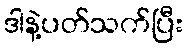
ဒါနဲ့ပတ်သက်ပြီး